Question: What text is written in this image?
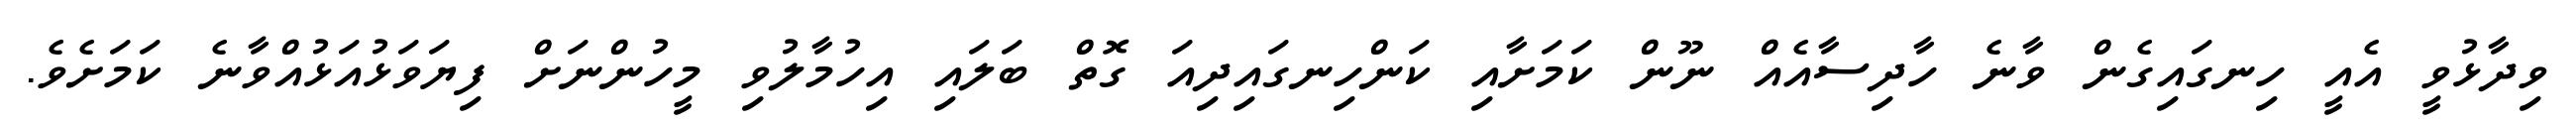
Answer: ވިދާޅުވީ އެއީ ހިނގައިގެން ވާނެ ހާދިސާއެއް ނޫން ކަމަށާއި ކަންހިނގައިދިއަ ގޮތް ބަލައި އިހުމާލުވި މީހުންނަށް ފިޔަވަޅުއަޅުއްވާނެ ކަމަށެވެ.